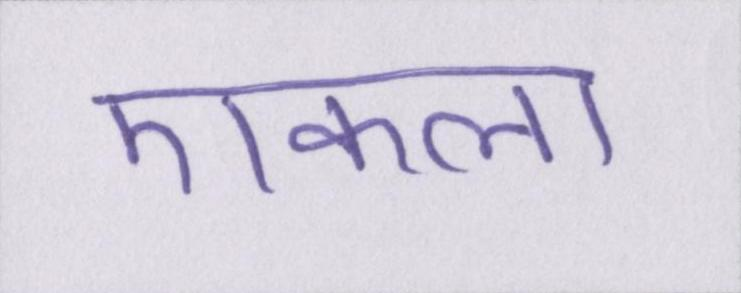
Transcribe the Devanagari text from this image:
एकला